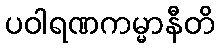
ပဝါရဏကမ္မာနီတိ